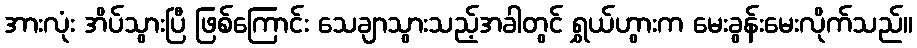
အားလုံး အိပ်သွားပြီ ဖြစ်ကြောင်း သေချာသွားသည့်အခါတွင် ရွှယ်ဟွားက မေးခွန်းမေးလိုက်သည်။